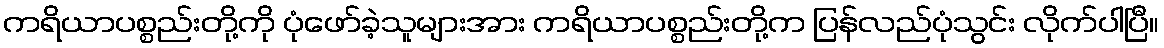
ကရိယာပစ္စည်းတို့ကို ပုံဖော်ခဲ့သူများအား ကရိယာပစ္စည်းတို့က ပြန်လည်ပုံသွင်း လိုက်ပါပြီ။